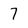
Character: 7